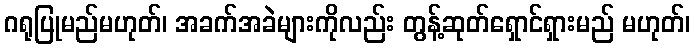
ဂရုပြုမည်မဟုတ်၊ အခက်အခဲများကိုလည်း တွန့်ဆုတ်ရှောင်ရှားမည် မဟုတ်၊